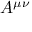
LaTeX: A ^ { \mu \nu }